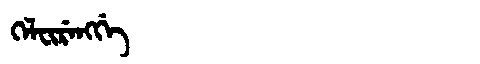
Manchu: ᡴᡝᠯᠸᡳᡵᡝᠩᡤᡝ
Romanization: KELFIRENGGE